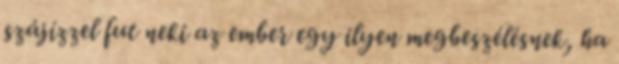
szájízzel fut neki az ember egy ilyen megbeszélésnek, ha